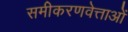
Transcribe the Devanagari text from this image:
समीकरणवेत्ताओं